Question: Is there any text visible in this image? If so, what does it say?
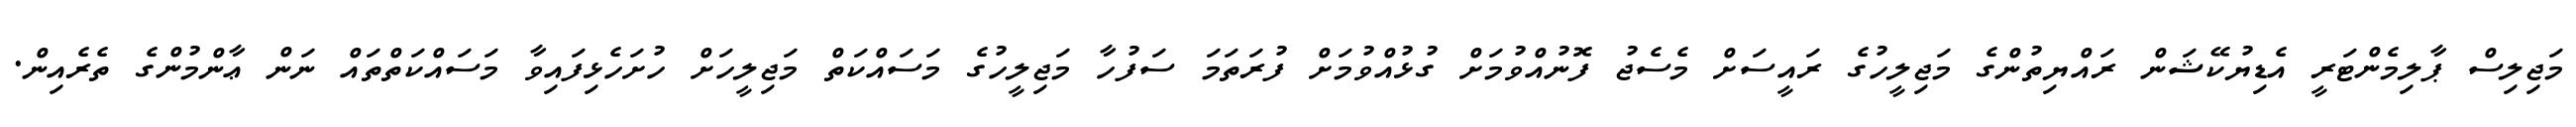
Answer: މަޖިލިސް ޕާލިމެންޓަރީ އެޑިޔުކޭޝަން ރައްޔިތުންގެ މަޖިލީހުގެ ރައީސަށް މެސެޖު ފޮނުއްވުމަށް ގުޅުއްވުމަށް ފުރަތަމަ ސަފުހާ މަޖިލީހުގެ މަސައްކަތް މަޖިލީހަށް ހުށަހެޅިފައިވާ މަސައްކަތްތައް ނަން ޢާންމުންގެ ތެރެއިން.